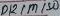
Text: D11/MISO